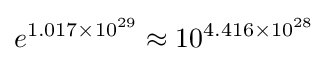
e^{1.017\times 10^{29}}\approx 10^{4.416\times 10^{28}}